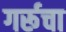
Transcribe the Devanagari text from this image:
गर्रूचा